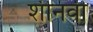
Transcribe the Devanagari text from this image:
शीनवी